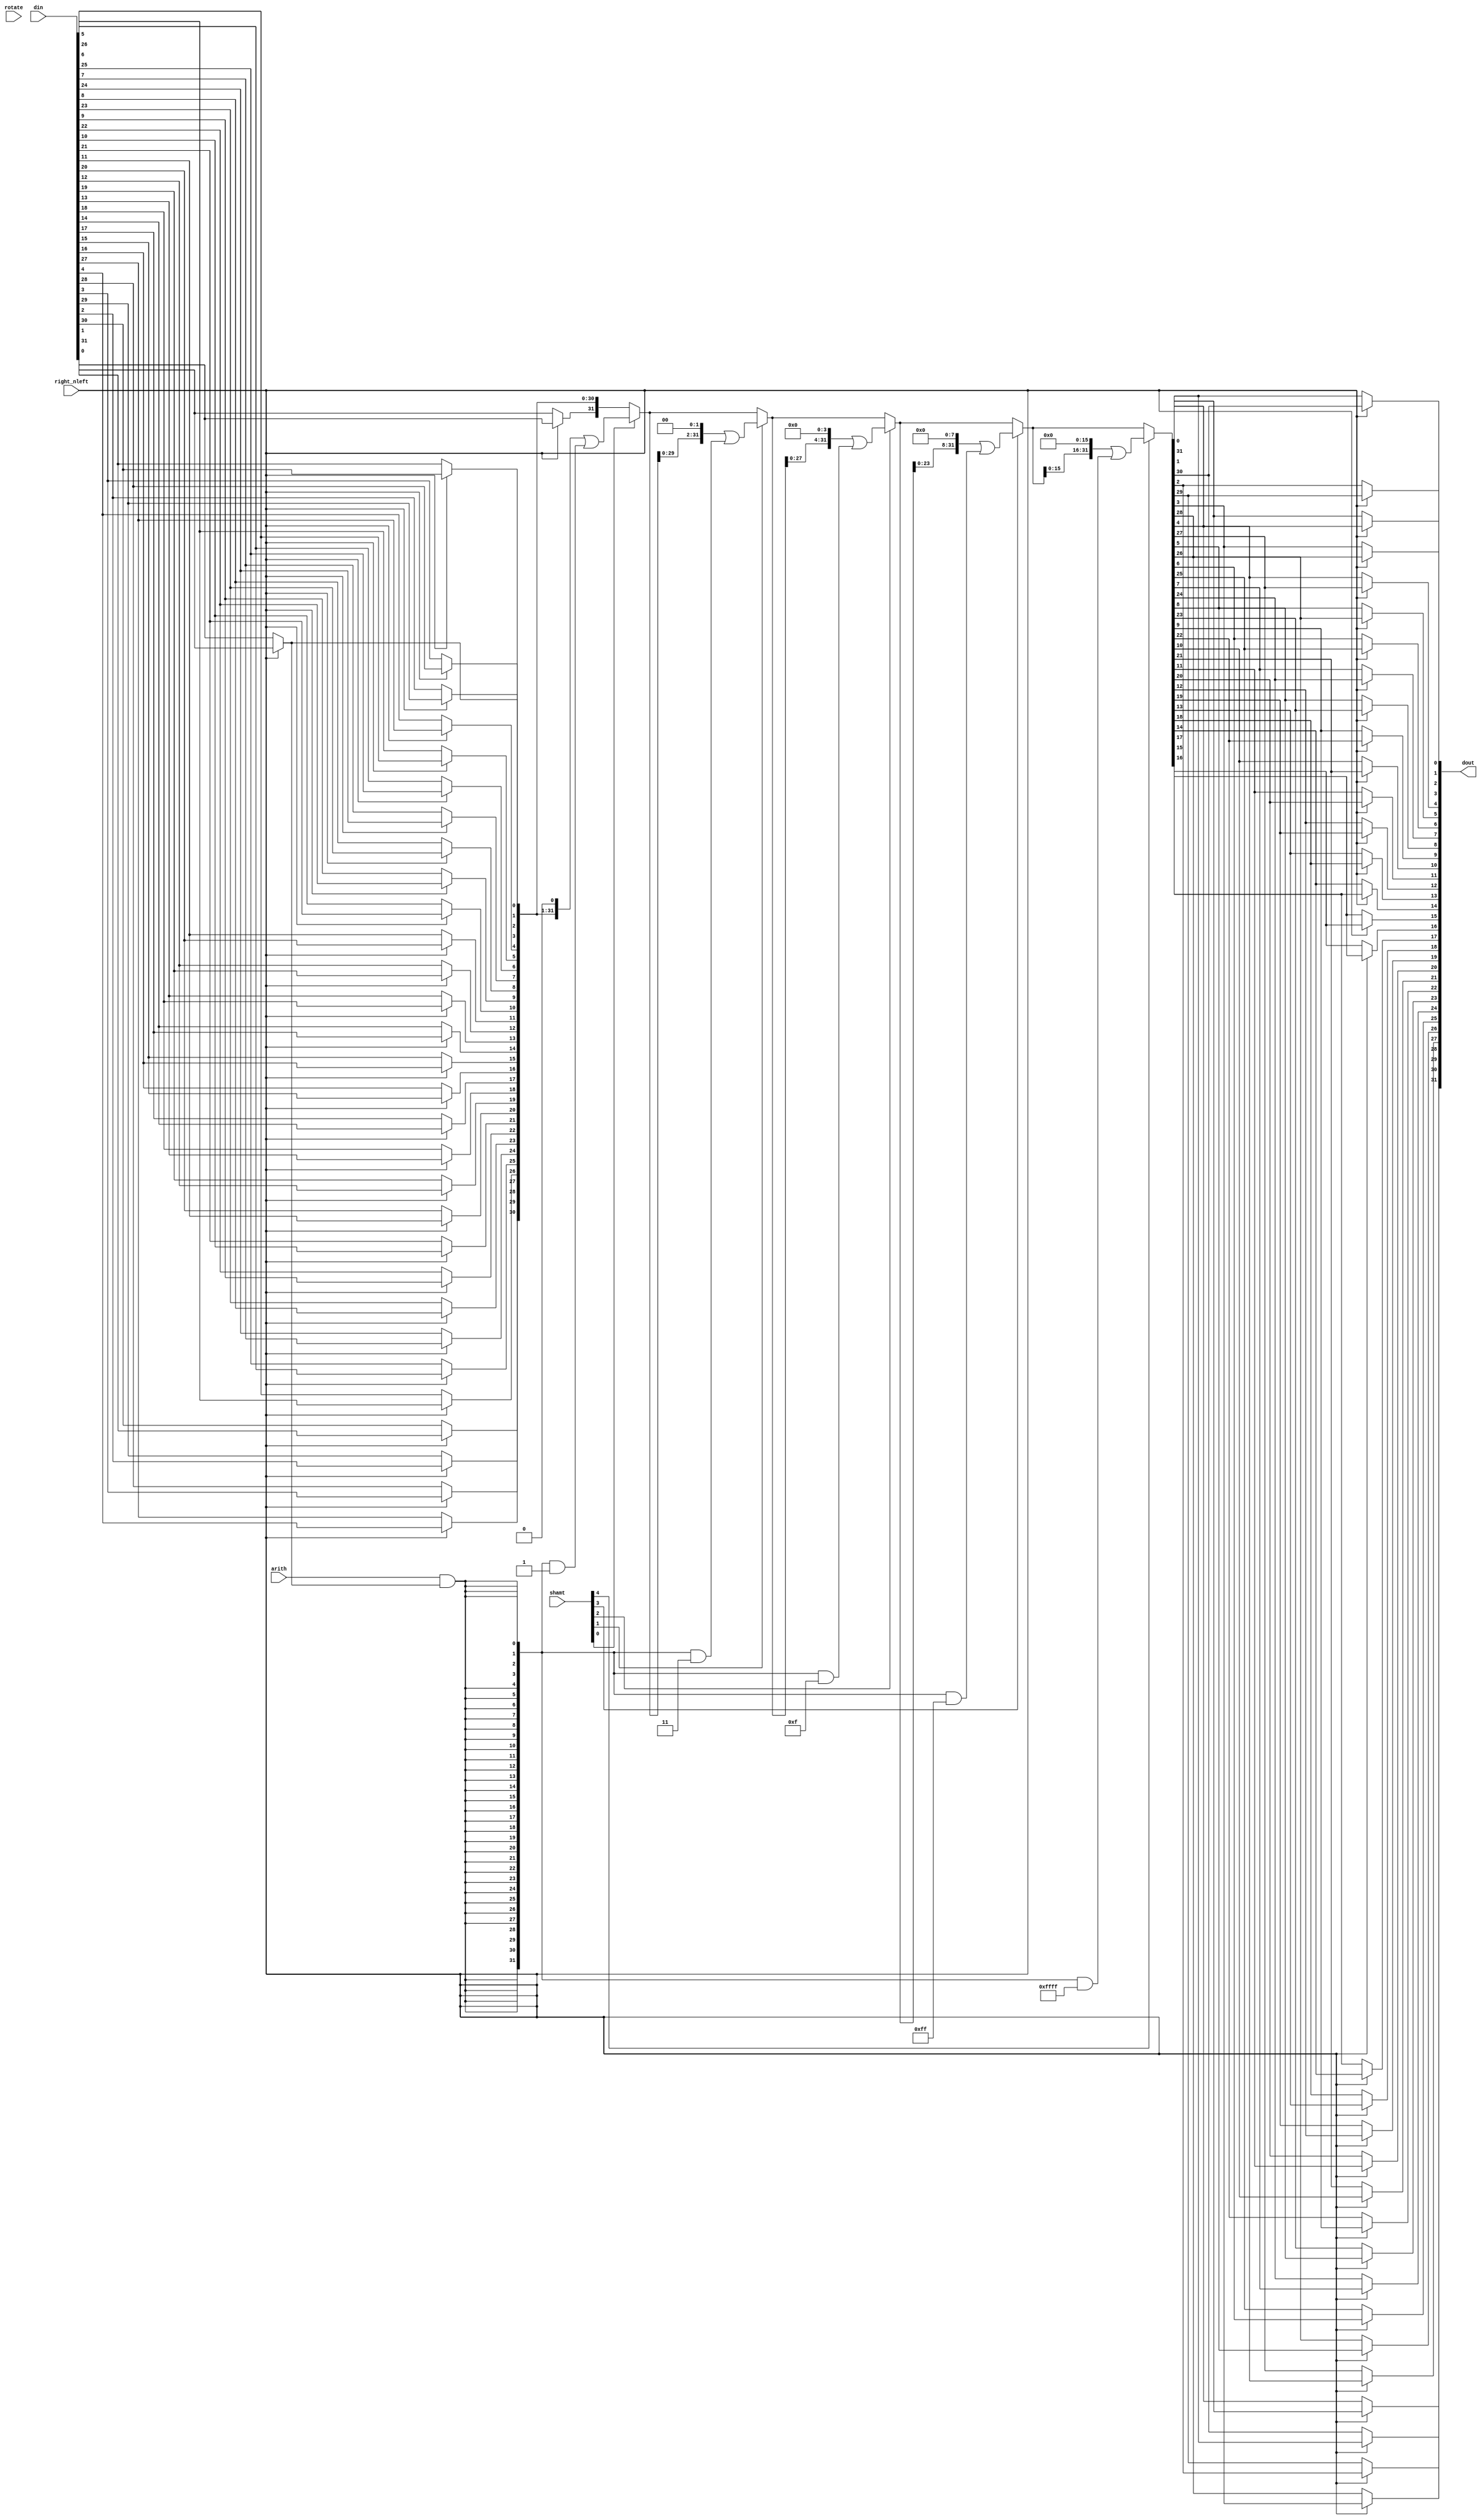
module hazard1_shift_barrel (
	input wire [31:0] din,
	input wire [4:0]  shamt,
	input wire        right_nleft,
	input wire        rotate,
	input wire        arith,
	output reg [31:0] dout
);

reg [31:0] din_rev;
reg [31:0] shift_accum;
reg              sext;

always @ (*) begin: shift
	integer i;

	for (i = 0; i < 32; i = i + 1)
		din_rev[i] = right_nleft ? din[32 - 1 - i] : din[i];

	sext = arith && din_rev[0];

	shift_accum = din_rev;
	for (i = 0; i < 5; i = i + 1) begin
		if (shamt[i]) begin
			shift_accum = (shift_accum << (1 << i)) | ({32{sext}} & ~({32{1'b1}} << (1 << i)));
		end
	end

	for (i = 0; i < 32; i = i + 1)
		dout[i] = right_nleft ? shift_accum[32 - 1 - i] : shift_accum[i];
end

endmodule